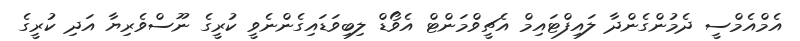
އެމްއެމްސީ ދެމުންގެންދާ ލައިފްޓައިމް އެޗީވްމަންޓް އެވޯޑް ލިބިވަޑައިގެންނެވީ ކުރީގެ ނޫސްވެރިޔާ އަދި ކުރީގެ